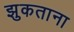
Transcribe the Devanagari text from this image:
झुकताना